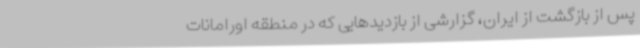
پس از بازگشت از ایران، گزارشی از بازدیدهایی که در منطقه اورامانات